Leprosy in India: report of the Leprosy Commission in India, 1890-91
Year: 1890
Disease focus: Leprosy
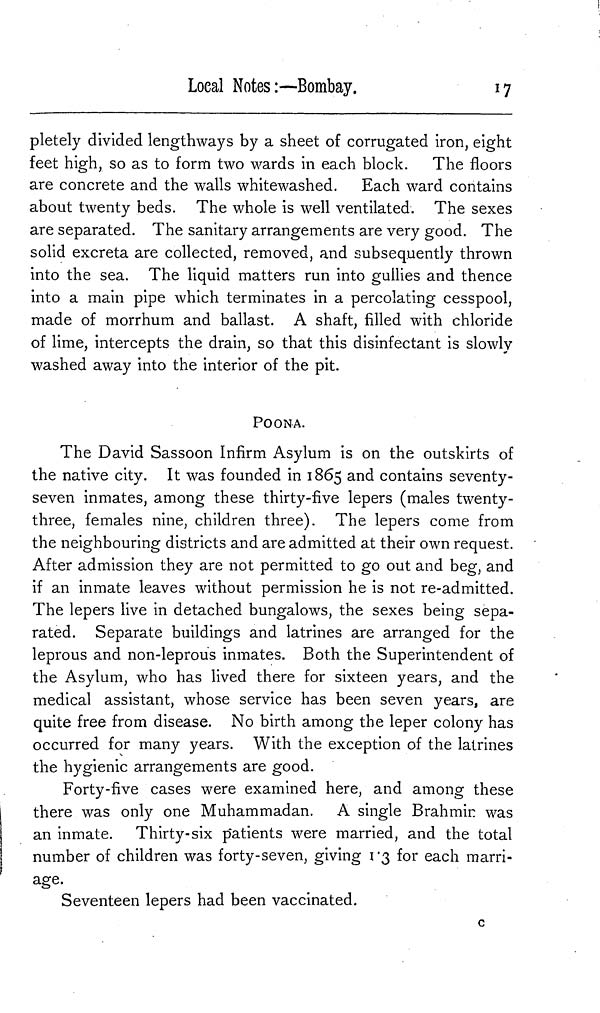
Local Notes :—-Bombay.
17
pletely divided lengthways by a sheet of corrugated iron, eight
feet high, so as to form two wards in each block. The floors
are concrete and the walls whitewashed. Each ward contains
about twenty beds. The whole is well ventilated. The sexes
are separated. The sanitary arrangements are very good. The
solid excreta are collected, removed, and subsequently thrown
into the sea. The liquid matters run into gullies and thence
into a main pipe which terminates in a percolating cesspool,
made of morrhum and ballast. A shaft, filled with chloride
of lime, intercepts the drain, so that this disinfectant is slowly
washed away into the interior of the pit.
POONA.
The David Sassoon Infirm Asylum is on the outskirts of
the native city. It was founded in 1865 and contains seventy-
seven inmates, among these thirty-five lepers (males twenty-
three, females nine, children three). The lepers come from
the neighbouring districts and are admitted at their own request.
After admission they are not permitted to go out and beg, and
if an inmate leaves without permission he is not re-admitted.
The lepers live in detached bungalows, the sexes being sepa-
rated. Separate buildings and latrines are arranged for the
leprous and non-leprous inmates. Both the Superintendent of
the Asylum, who has lived there for sixteen years, and the
medical assistant, whose service has been seven years, are
quite free from disease. No birth among the leper colony has
occurred for many years. With the exception of the latrines
the hygienic arrangements are good.
Forty-five cases were examined here, and among these
there was only one Muhammadan. A single Brahmin was
an inmate. Thirty-six p'atients were married, and the total
number of children was forty-seven, giving 1.3 for each marri-
age.
Seventeen lepers had been vaccinated.
c